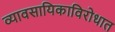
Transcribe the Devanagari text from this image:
व्यावसायिकाविरोधात